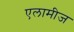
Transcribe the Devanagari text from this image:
एलामीज